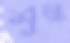
শুল্ক